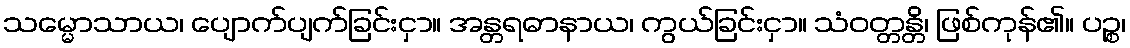
သမ္မောသာယ၊ ပျောက်ပျက်ခြင်းငှာ။ အန္တရဓာနာယ၊ ကွယ်ခြင်းငှာ။ သံဝတ္တန္တိ၊ ဖြစ်ကုန်၏။ ပဉ္စ၊